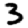
Digit: 3